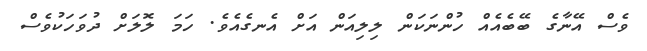
ވެސް އޭނާގެ ބޭބެއެއް ހުންނަކަން ލިލިއަން އަށް އެނގެއެވެ. ހަމަ ލޮލަށް ދުވަހަކުވެސް